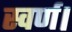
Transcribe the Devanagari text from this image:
स्वर्ण।